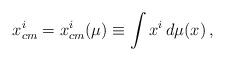
LaTeX: \begin{align*}x^i_{cm}=x^i_{cm}(\mu)\equiv \int x^i \, d\mu(x)\, ,\end{align*}